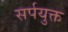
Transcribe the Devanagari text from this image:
सर्पयुक्त